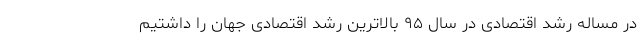
در مساله رشد اقتصادی در سال ۹۵ بالاترین رشد اقتصادی جهان را داشتیم